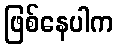
ဖြစ်နေပါက